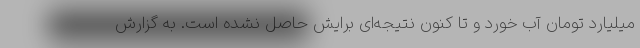
میلیارد تومان آب خورد و تا کنون نتیجه‌ای برایش حاصل نشده است. به گزارش